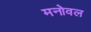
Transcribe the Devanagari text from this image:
मनोवल